Insane asylums Bombay 1873-77 - 1873-1877
Year: 1873
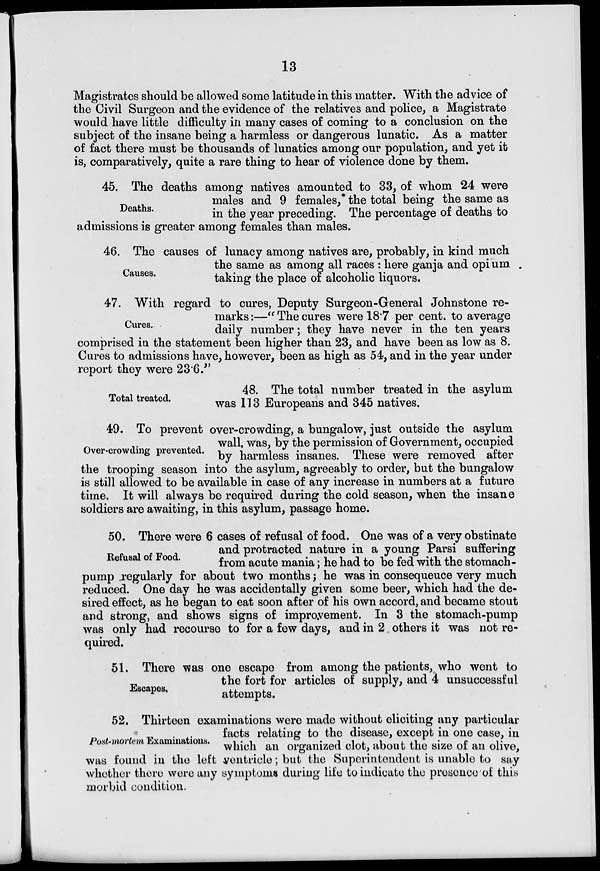
13
Magistrates should be allowed some latitude in this matter. With the advice of
the Civil Surgeon and the evidence of the relatives and police, a Magistrate
would have little difficulty in many cases of coming to a conclusion on the
subject of the insane being a harmless or dangerous lunatic. As a matter
of fact there must be thousands of lunatics among our population, and yet it
is, comparatively, quite a rare thing to hear of violence done by them.
Deaths.
45. The deaths among natives amounted to 33, of whom 24 were
males and 9 females, the total being the same as
in the year preceding. The percentage of deaths to
admissions is greater among females than males.
Causes.
46. The causes of lunacy among natives are, probably, in kind much
the same as among all races : here ganja and opium
taking the place of alcoholic liquors.
Cures.
47. With regard to cures, Deputy Surgeon-General Johnstone re-
marks:—"The cures were 18.7 per cent. to average
daily number; they have never in the ten years
comprised in the statement been higher than 23, and have been as low as 8.
Cures to admissions have, however, been as high as 54, and in the year under
report they were 23.6."
Total treated.
48. The total number treated in the asylum
was 113 Europeans and 345 natives.
Over-crowding prevented.
49. To prevent over-crowding, a bungalow, just outside the asylum
wall, was, by the permission of Government, occupied
by harmless insanes. These were removed after
the trooping season into the asylum, agreeably to order, but the bungalow
is still allowed to be available in case of any increase in numbers at a future
time. It will always be required during the cold season, when the insane
soldiers are awaiting, in this asylum, passage home.
Refusal of Food.
50. There were 6 cases of refusal of food. One was of a very obstinate
and protracted nature in a young Parsi suffering
from acute mania; he had to be fed with the stomach-
pump regularly for about two months; he was in consequeuce very much
reduced. One day he was accidentally given some beer, which had the de-
sired effect, as he began to eat soon after of his own accord, and became stout
and strong, and shows signs of improvement. In 3 the stomach-pump
was only had recourse to for a few days, and in 2 others it was not re-
quired.
Escapes,
51. There was one escape from among the patients, who went to
the fort for articles of supply, and 4 unsuccessful
attempts.
Post-mortem Examinations.
52. Thirteen examinations were made without eliciting any particular
facts relating to the disease, except in one case, in
which an organized clot, about the size of an olive,
was found in the left ventricle ; but the Superintendent is unable to say
whether there were any symptoms during life to indicate the presence of this
morbid condition.